Scottish Certificate of Education, 1962
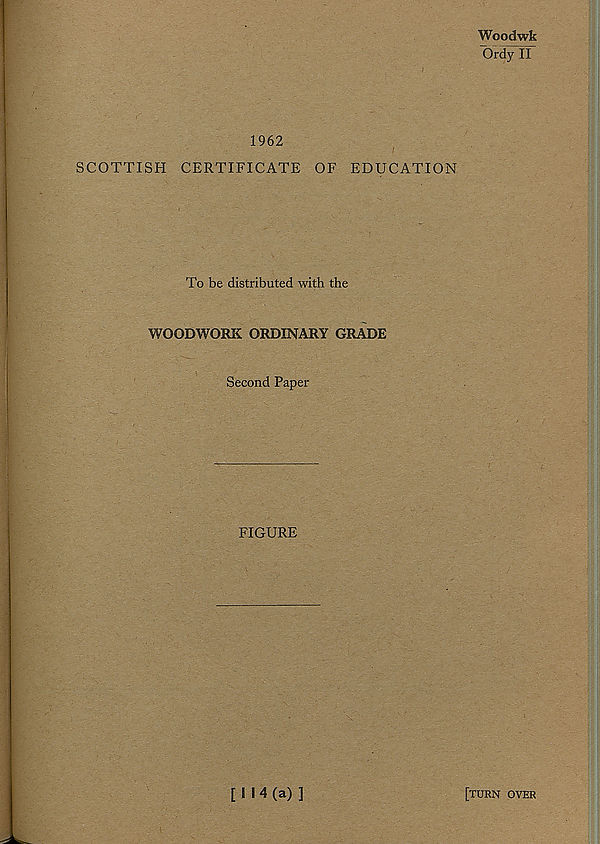
Woodwk
Ord^ir
1962
SCOTTISH CERTIFICATE OF EDUCATION
To be distributed with the
WOODWORK ORDINARY GRADE
Second Paper
FIGURE
[114(a)]
[turn over